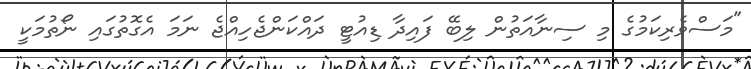
"މަސްވެރިކަމުގެ މި ސިނާއަތުން ލިބޭ ފައިދާ ޑިއުޓީ ދައްކަންޖެހިއްޖެ ނަމަ އެގޮތުގައި ނޯތުމަކީ